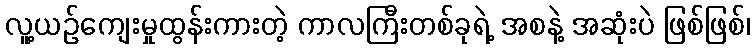
လူ့ယဉ်ကျေးမှုထွန်းကားတဲ့ ကာလကြီးတစ်ခုရဲ့ အစနဲ့ အဆုံးပဲ ဖြစ်ဖြစ်၊